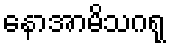
နောအာမိသဂရု